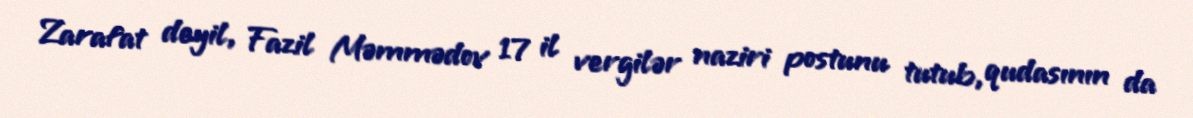
Zarafat deyil, Fazil Məmmədov 17 il vergilər naziri postunu tutub, qudasının da